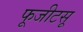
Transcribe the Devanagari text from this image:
फूजीटसू